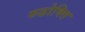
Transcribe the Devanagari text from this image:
रुढोक्ति